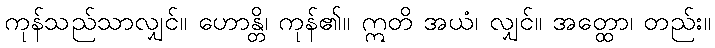
ကုန်သည်သာလျှင်။ ဟောန္တိ၊ ကုန်၏။ ဣတိ အယံ၊ လျှင်။ အတ္ထော၊ တည်း။